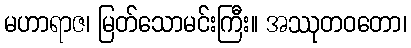
မဟာရာဇ၊ မြတ်သောမင်းကြီး။ အဿုတဝတော၊